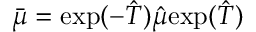
\bar { \mu } = \mathrm { e x p } ( - \hat { T } ) \hat { \mu } \mathrm { e x p } ( \hat { T } )